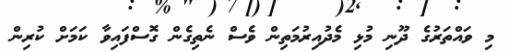
މި ވައްތަރުގެ ދޫނި މުޅި މެދުއިރުމަތިން ވެސް ނެތިގެން ގޮސްފައިވާ ކަމަށް ކުރިން